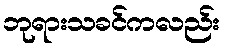
ဘုရားသခင်ကလည်း